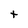
Character: t